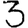
Digit: 3